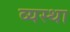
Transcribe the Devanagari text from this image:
व्‍यस्‍था